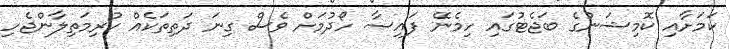
ކަމަށާއި ކޮމިޝަނުގެ ބަޖެޓުގައި ހިމެނޭ ފައިސާ ހޯދުމަށް ވެސް ގިނަ ދަތިތަކެއް ކުރިމަތިލާންޖެހި